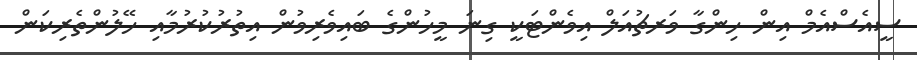
ސީއެސްއެމް އިން ހިންގާ ވަރޗުއަލް އިވެންޓަކީ ގިނަ މީހުންގެ ބައިވެރިވުން އިތުރުކުރުމާއި ހޭލުންތެރިކަން